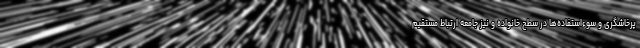
پرخاشگری و سوءاستفاده‌ها در سطح خانواده و نیز جامعه ارتباط مستقیم